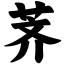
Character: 荠